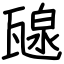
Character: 𤭯